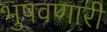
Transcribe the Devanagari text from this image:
भुषवणारी